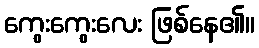
ကွေးကွေးလေး ဖြစ်နေ၏။